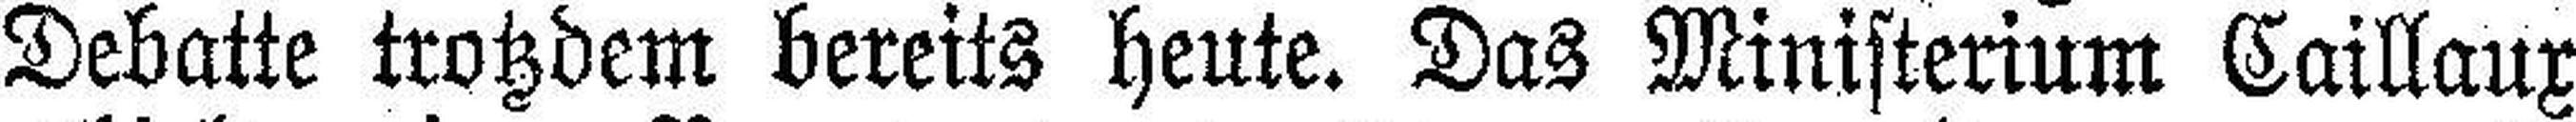
Debatte trotzdem bereits heute. Das Ministerium Caillaux